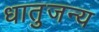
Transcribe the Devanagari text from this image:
धातुजन्य